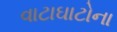
વાટાઘાટોના